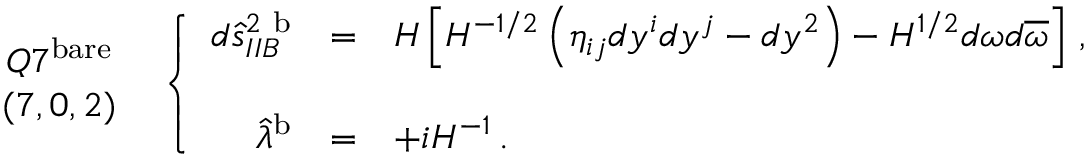
\begin{array} { c } { { Q 7 ^ { \mathrm { b a r e } } } } \\ { { ( 7 , 0 , 2 ) } } \end{array} \, \, \, \left\{ \begin{array} { r c l } { { d \hat { s } _ { I I B } ^ { 2 \ \mathrm { b } } } } & { { = } } & { { H \left[ H ^ { - 1 / 2 } \left( \eta _ { i j } d y ^ { i } d y ^ { j } - d y ^ { 2 } \right) - H ^ { 1 / 2 } d \omega d \overline { { { \omega } } } \right] \, , } } \\ { { } } & { { } } & { { } } \\ { { \hat { \lambda } ^ { \mathrm { b } } } } & { { = } } & { { + i H ^ { - 1 } \, . } } \end{array} \right.